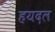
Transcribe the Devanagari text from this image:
हयदल